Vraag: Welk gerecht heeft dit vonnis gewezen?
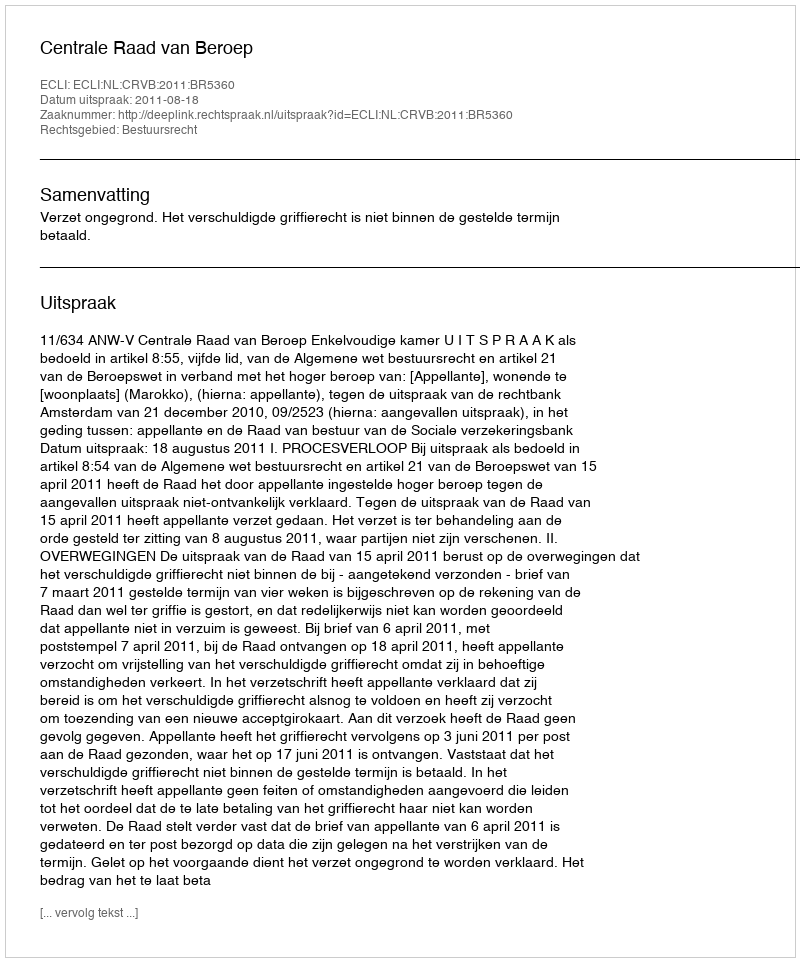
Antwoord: Centrale Raad van Beroep